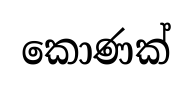
කොණක්